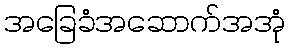
အခြေခံအဆောက်အအုံ